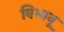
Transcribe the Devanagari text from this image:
विभानू